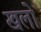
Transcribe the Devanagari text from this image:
खलो